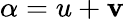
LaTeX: \alpha=u+\mathbf{v}